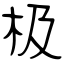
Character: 极